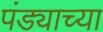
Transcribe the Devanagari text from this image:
पंड्याच्या